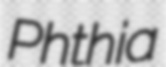
Phthia